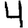
Digit: 4